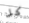
كل